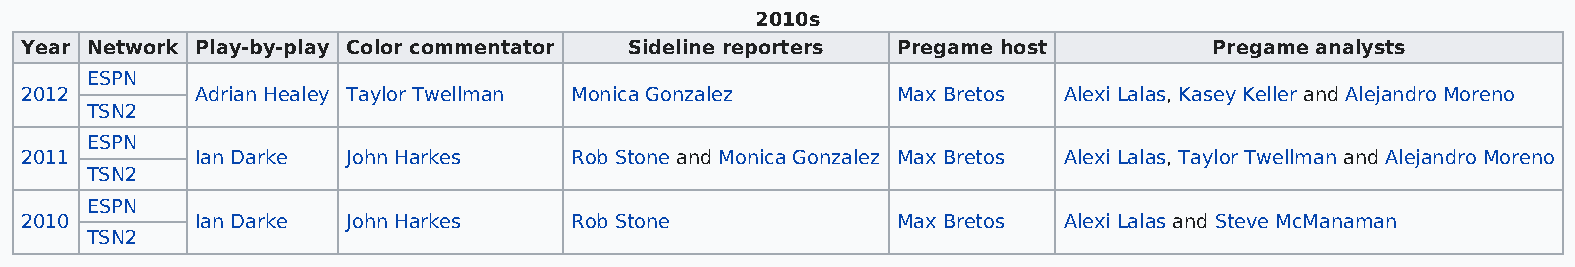
2010s
 Year Network Play-by-play Color commentator Sideline reporters Pregame host    Pregame analysts
 ESPN
 2012        Adrian Healey Taylor Twellman Monica Gonzalez Max Bretos Alexi Lalas, Kasey Keller and Alejandro Moreno
 TSN2
 ESPN
 2011        Ian Darke John Harkes    Rob Stone and Monica Gonzalez Max Bretos Alexi Lalas, Taylor Twellman and Alejandro Moreno
 TSN2
 ESPN
 2010        Ian Darke John Harkes    Rob Stone            Max Bretos Alexi Lalas and Steve McManaman
 TSN2